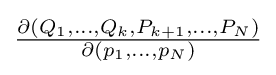
{\textstyle {\frac {\partial (Q_{1},\ldots ,Q_{k},P_{k+1},\ldots ,P_{N})}{\partial (p_{1},\ldots ,p_{N})}}}